Regulations for the medical services of the Army of India
Year: 1930
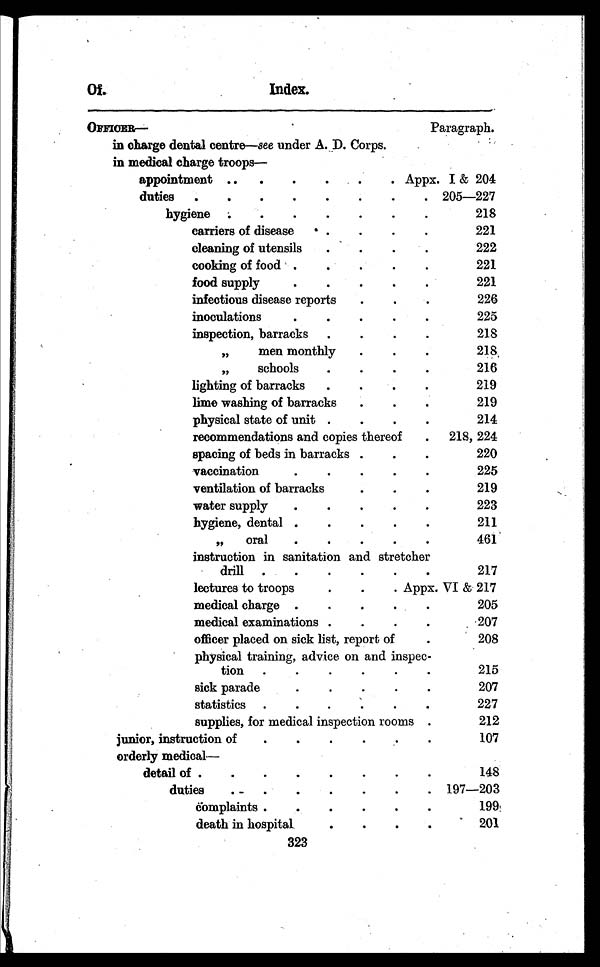
Of.
Index.
O F F I C E R —
Paragraph.
in charge dental centre— see under A. D. Corps.
in medical charge troops—
appointment . . . Appx. I & 204
duties
.
.
. 205—227
h y g i e n e . . .
218
carriers of disease . . .
221
c l e a n i n g o f u t e n s i l s . . .
2 2 2
cooking of food . . .
221
f o o d s u p p l y . . .
221
infectious disease reports . . .
226
i n o c u l a t i o n s . . .
2 2 5
inspection, barracks . . .
218
" m e n m o n t h l y . . .
2 1 8
" s c h o o l s . . .
216
l i g h t i n g o f b a r r a c k s . . .
219
l i m e w a s h i n g o f b a r r a c k s . . .
2 1 9
physical state of unit . . .
214
recommendations and copies thereof . . .
218, 224
spacing of beds in barracks . . .
2 2 0
v a c c i n a t i o n . . .
2 2 5
ventilation of barracks . . .
2 1 9
w a t t e r s u p p l y . . .
223
h y g i e n e , d e n t a l . . .
211
" o r a l . . .
4 6 1
instruction in sanitation and stretcher
drill . . .
217
lectures to troops . . . Appx. VI & 217
medical charge . . .
205
m e d i c a l e x a m i n a t i o n s . . .
2 0 7
officer placed on sick list, report of . . .
208
physical training, advice on and inspec -
tion . . .
215
sick parade . . .
207
s t a t i s t i c s . . .
2 2 7
supplies, for medical inspection rooms . . .
212
j u n i o r , i n s t r u c t i o n o f . . .
107
orderly medical— detail of . . .
1 4 8
d u t i e s . . .
197—203
c o m p l a i n t s . . .
1 9 9
d e a t h i n h o s p i t a l . . .
2 0 1
323